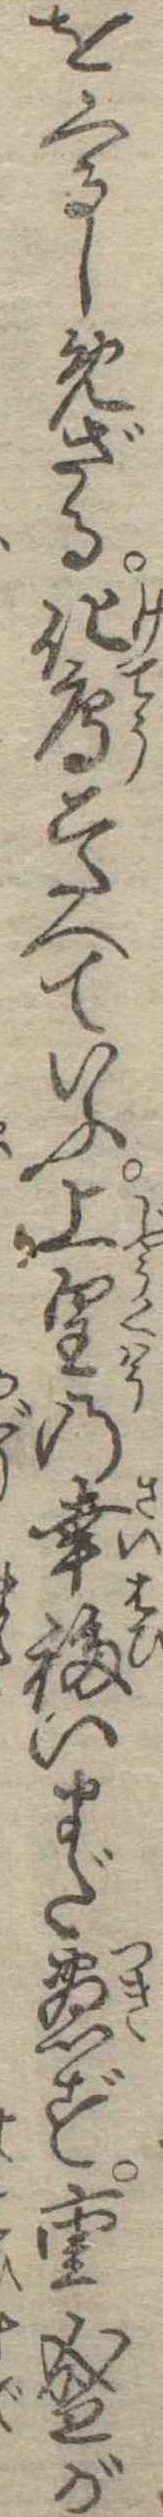
をくるしめざる化鳥こたへていふ上皇の幸福いまだ尽ず重盛が